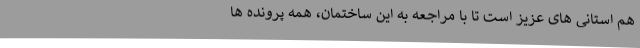
هم استانی های عزیز است تا با مراجعه به این ساختمان، همه پرونده ها